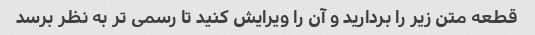
قطعه متن زیر را بردارید و آن را ویرایش کنید تا رسمی تر به نظر برسد